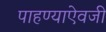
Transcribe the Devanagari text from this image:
पाहण्याऐवजी